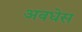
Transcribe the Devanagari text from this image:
अवधेस